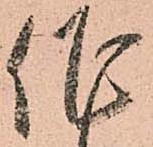
作